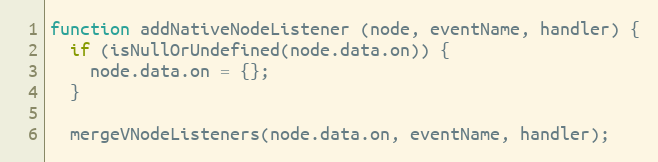
Language: JavaScript
function addNativeNodeListener (node, eventName, handler) {
  if (isNullOrUndefined(node.data.on)) {
    node.data.on = {};
  }

  mergeVNodeListeners(node.data.on, eventName, handler);